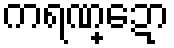
ကရဏ္ဍော